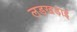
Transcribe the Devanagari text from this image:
लड़खड़ाई